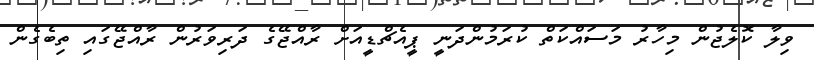
ވިލާ ކޮލެޖުން މިހާރު މަސައްކަތް ކުރަމުންދަނީ ޕީއެޗްޑީއަށް ރާއްޖޭގެ ދަރިވަރުން ރާއްޖޭގައި ތިބެގެން